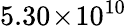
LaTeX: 5.30\! \times\! 10^{10}